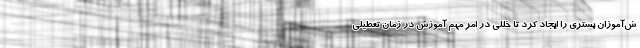
ش‌آموزان بستری را ایجاد کرد تا خللی در امر مهم آموزش در زمان تعطیلی